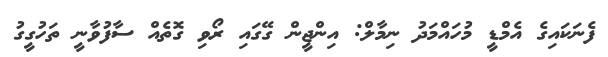
ފެނަކައިގެ އެމްޑީ މުހައްމަދު ނިމާލް: އިންޖީން ގޭގައި ރޯވި ގޮތެއް ސާފުވާނީ ތަހުގީގު